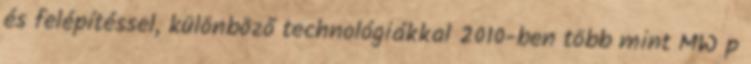
és felépítéssel, különböző technológiákkal 2010-ben több mint MW p